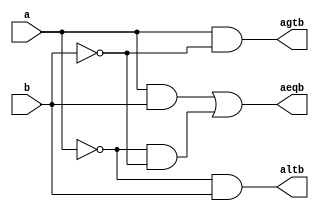

module Compx1
(
   input a,
	input b,
 	output reg aeqb,		
	output reg agtb,		
	output reg altb		
	
); 

always @(*)
begin
	aeqb = (a & b) | ((!(a)) & (!(b)));
	
	agtb = a & (!(b));
		
	altb = (!(a)) & b ;
end		
endmodule